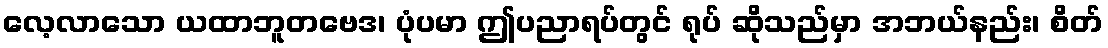
လေ့လာသော ယထာဘူတဗေဒ၊ ပုံပမာ ဤပညာရပ်တွင် ရုပ် ဆိုသည်မှာ အဘယ်နည်း၊ စိတ်